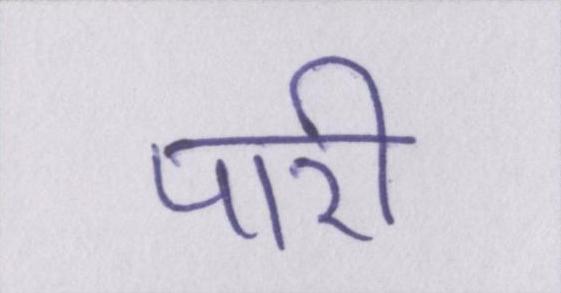
पारी